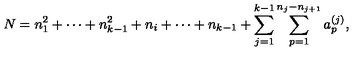
N = n _ { 1 } ^ { 2 } + \cdots + n _ { k - 1 } ^ { 2 } + n _ { i } + \cdots + n _ { k - 1 } + \sum _ { j = 1 } ^ { k - 1 } \sum _ { p = 1 } ^ { n _ { j } - n _ { j + 1 } } a _ { p } ^ { ( j ) } ,